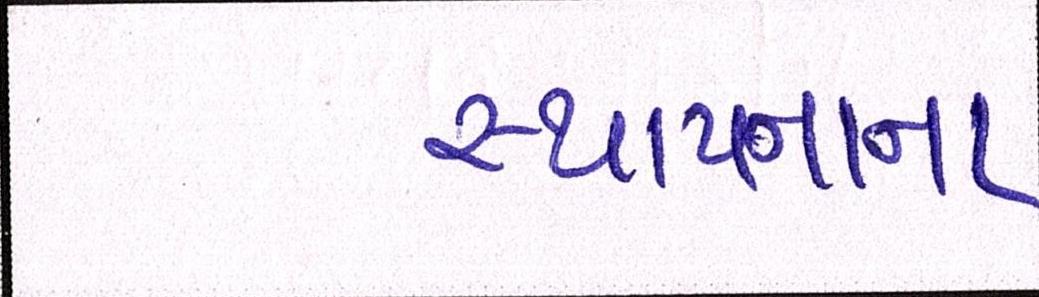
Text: સ્થાપ્નાના